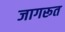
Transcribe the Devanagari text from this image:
जागरूत